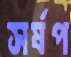
সর্ষপ